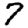
Digit: 7